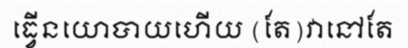
ធ្វើនយោបាយហើយ (តែ)វានៅតែ